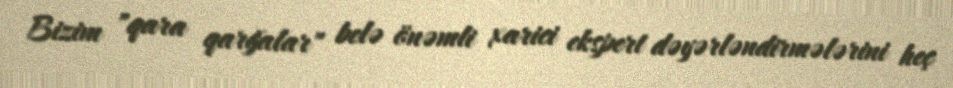
Bizim "qara qarğalar" belə önəmli xarici ekspert dəyərləndirmələrini heç